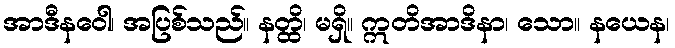
အာဒီနဝေါ၊ အပြစ်သည်။ နတ္ထိ၊ မရှိ။ ဣတိအာဒိနာ၊ သော။ နယေန၊